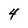
Character: 4